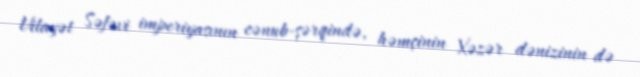
Vilayət Səfəvi imperiyasının cənub-şərqində, həmçinin Xəzər dənizinin də